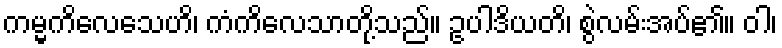
ကမ္မကိလေသေဟိ၊ ကံကိလေသာတို့သည်။ ဥပါဒိယတိ၊ စွဲလမ်းအပ်၏။ ဝါ၊